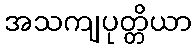
အသကျပုတ္တိယာ